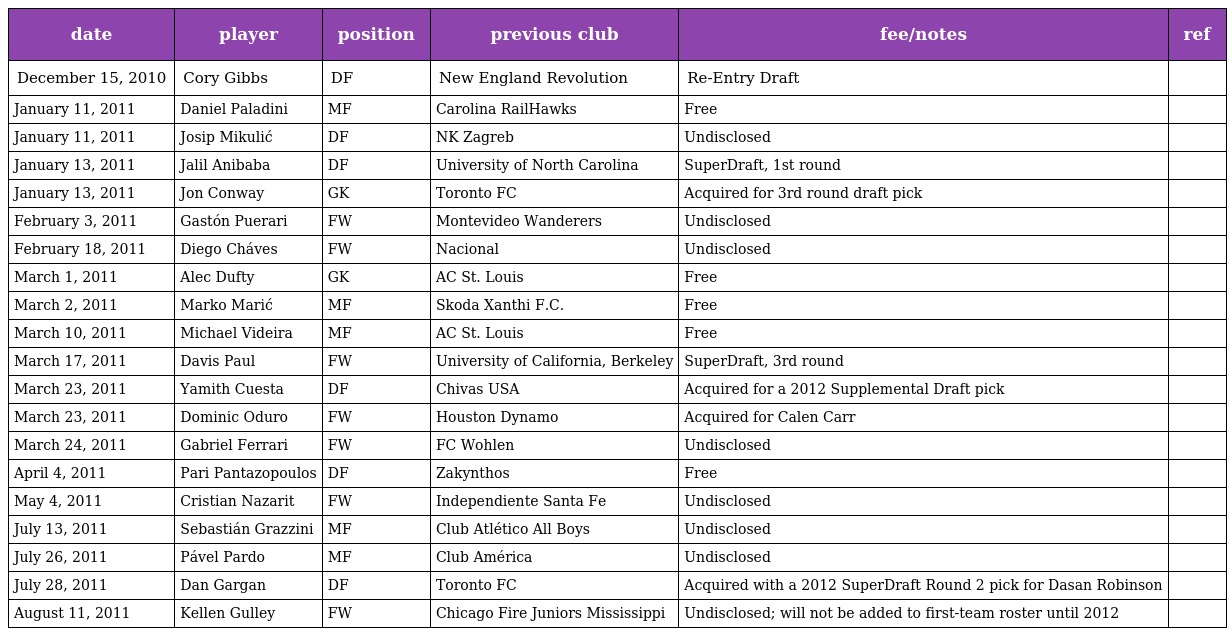
| date | player | position | previous club | fee/notes | ref |
 | --- | --- | --- | --- | --- | --- |
 | December 15, 2010 | Cory Gibbs | DF | New England Revolution | Re-Entry Draft |  |
 | January 11, 2011 | Daniel Paladini | MF | Carolina RailHawks | Free |  |
 | January 11, 2011 | Josip Mikulić | DF | NK Zagreb | Undisclosed |  |
 | January 13, 2011 | Jalil Anibaba | DF | University of North Carolina | SuperDraft, 1st round |  |
 | January 13, 2011 | Jon Conway | GK | Toronto FC | Acquired for 3rd round draft pick |  |
 | February 3, 2011 | Gastón Puerari | FW | Montevideo Wanderers | Undisclosed |  |
 | February 18, 2011 | Diego Cháves | FW | Nacional | Undisclosed |  |
 | March 1, 2011 | Alec Dufty | GK | AC St. Louis | Free |  |
 | March 2, 2011 | Marko Marić | MF | Skoda Xanthi F.C. | Free |  |
 | March 10, 2011 | Michael Videira | MF | AC St. Louis | Free |  |
 | March 17, 2011 | Davis Paul | FW | University of California, Berkeley | SuperDraft, 3rd round |  |
 | March 23, 2011 | Yamith Cuesta | DF | Chivas USA | Acquired for a 2012 Supplemental Draft pick |  |
 | March 23, 2011 | Dominic Oduro | FW | Houston Dynamo | Acquired for Calen Carr |  |
 | March 24, 2011 | Gabriel Ferrari | FW | FC Wohlen | Undisclosed |  |
 | April 4, 2011 | Pari Pantazopoulos | DF | Zakynthos | Free |  |
 | May 4, 2011 | Cristian Nazarit | FW | Independiente Santa Fe | Undisclosed |  |
 | July 13, 2011 | Sebastián Grazzini | MF | Club Atlético All Boys | Undisclosed |  |
 | July 26, 2011 | Pável Pardo | MF | Club América | Undisclosed |  |
 | July 28, 2011 | Dan Gargan | DF | Toronto FC | Acquired with a 2012 SuperDraft Round 2 pick for Dasan Robinson |  |
 | August 11, 2011 | Kellen Gulley | FW | Chicago Fire Juniors Mississippi | Undisclosed; will not be added to first-team roster until 2012 |  |